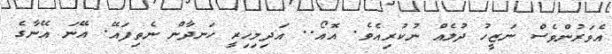
އެވަރުންވެސް ނަޒީހު ދުލެއް ނުކުރިއެވެ. އޮއޯ.. އަދިމިހިރީ ހަނދާން ނެތިފައޭ. އޭނަ އޭނާގެ